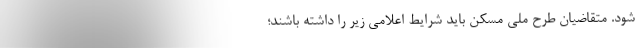
شود. متقاضیان طرح ملی مسکن باید شرایط اعلامی زیر را داشته باشند؛ -